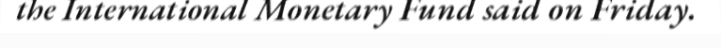
the International Monetary Fund said on Friday.